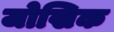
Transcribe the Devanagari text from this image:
जोखिक